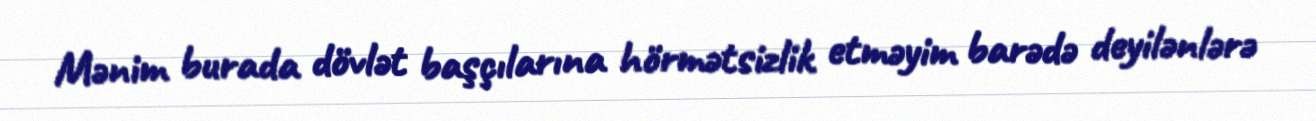
Mənim burada dövlət başçılarına hörmətsizlik etməyim barədə deyilənlərə